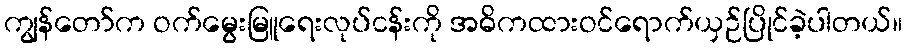
ကျွန်တော်က ဝက်မွေးမြူရေးလုပ်ငန်းကို အဓိကထားဝင်ရောက်ယှဉ်ပြိုင်ခဲ့ပါတယ်။